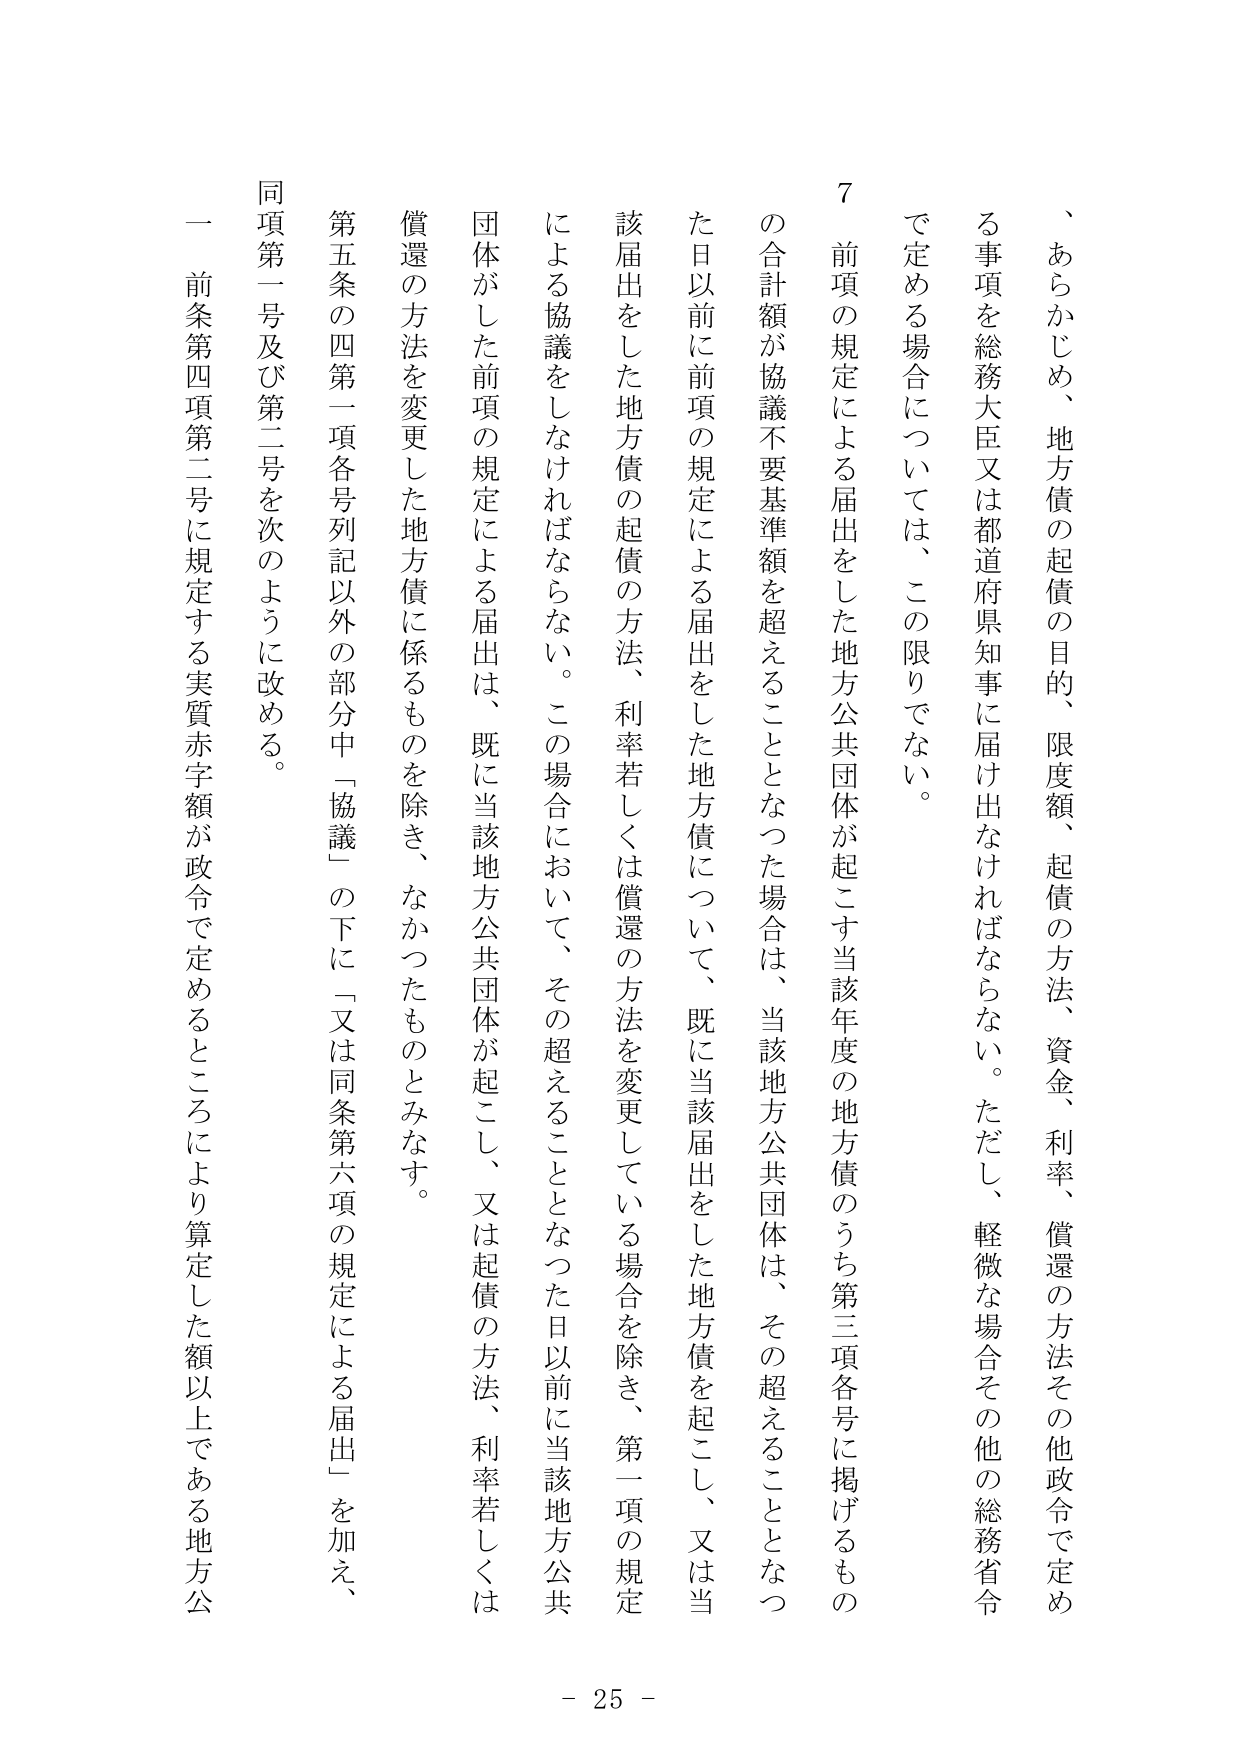
、あらかじめ、地方債の起債の目的、限度額、起債の方法、資金、利率、償還の方法その他政令で定める事項を総務大臣又は都道府県知事に届け出なければならない。ただし、軽微な場合その他総務省令で定める場合については、この限りでない。

７ 前項の規定による届出をした地方公共団体が起こす当該年度の地方債のうち第三項各号に掲げるものの合計額が協議不要基準額を超えることとなった場合は、当該地方公共団体は、その超えることとなった日以前に前項の規定による届出をした地方債について、既に当該届出をした地方債を起こし、又は当該届出をした地方債の起債の方法、利率若しくは償還の方法を変更している場合を除き、第一項の規定による協議をしなければならない。この場合において、その超えることとなった日以前に当該地方公共団体がした前項の規定による届出は、既に当該地方公共団体が起こし、又は起債の方法、利率若しくは償還の方法を変更した地方債に係るものを除き、なかったものとみなす。

第五条の四第一項各号列記以外の部分中「協議」の下に「又は同条第六項の規定による届出」を加え、同項第一号及び第二号を次のように改める。

一 前条第四項第二号に規定する実質赤字額が政令で定めるところにより算定した額以上である地方公

- 25 -